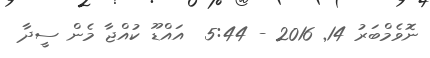
ނޮވެމްބަރު 14